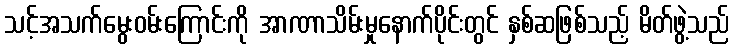
သင့်အသက်မွေးဝမ်းကြောင်းကို အာဏာသိမ်းမှုနောက်ပိုင်းတွင် နှစ်ဆဖြစ်သည့် မိတ်ဖွဲ့သည်